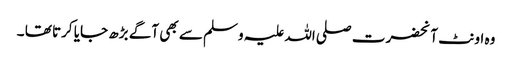
وہ اونٹ آنحضرت صلی اللہ علیہ وسلم سے بھی آگے بڑھ جایا کرتا تھا ۔